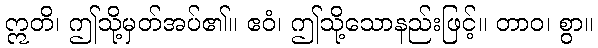
ဣတိ၊ ဤသို့မှတ်အပ်၏။ ဧဝံ၊ ဤသို့သောနည်းဖြင့်။ တာဝ၊ စွာ။